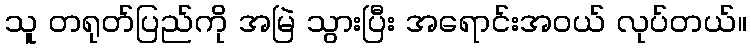
သူ တရုတ်ပြည်ကို အမြဲ သွားပြီး အရောင်းအဝယ် လုပ်တယ်။